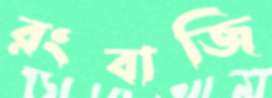
রংবাজি